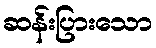
ဆန်းပြားသော